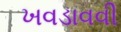
ખવડાવવી